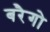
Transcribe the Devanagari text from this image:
बरैगो